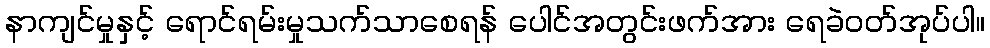
နာကျင်မှုနှင့် ရောင်ရမ်းမှုသက်သာစေရန် ပေါင်အတွင်းဖက်အား ရေခဲဝတ်အုပ်ပါ။